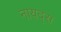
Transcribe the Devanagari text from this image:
नायद्स